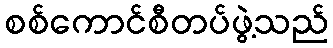
စစ်ကောင်စီတပ်ဖွဲ့သည်